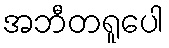
အဘီတရူပေါ